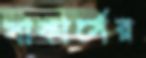
সাকার্সের